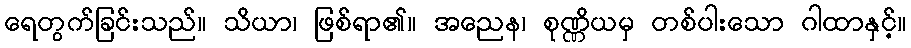
ရေတွက်ခြင်းသည်။ သိယာ၊ ဖြစ်ရာ၏။ အညေန၊ စုဏ္ဏိယမှ တစ်ပါးသော ဂါထာနှင့်။